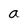
Character: a